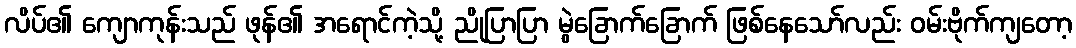
လိပ်၏ ကျောကုန်းသည် ဖုန်၏ အရောင်ကဲ့သို့ ညိုပြာပြာ မွဲခြောက်ခြောက် ဖြစ်နေသော်လည်း ဝမ်းဗိုက်ကျတော့